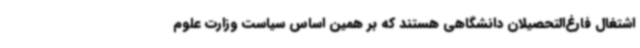
اشتغال فارغ‌التحصیلان دانشگاهی هستند که بر همین اساس سیاست وزارت علوم